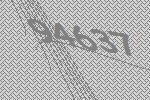
94637